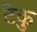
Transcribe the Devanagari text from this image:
टेकु